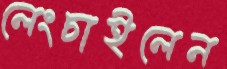
লেংচাইলেন